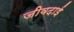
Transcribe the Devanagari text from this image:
जीवदाई